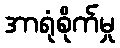
အာရုံစိုက်မှု